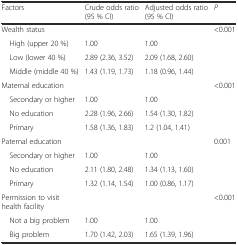
| Factors | Crude odds ratio (95 % CI) | Adjusted odds ratio (95 % CI) | P |
 | --- | --- | --- | --- |
 | Wealth status |  |  | <0.001 |
 | High (upper 20 %) | 1.00 | 1.00 |  |
 | Low (lower 40 %) | 2.89 (2.36, 3.52) | 2.09 (1.68, 2.60) |  |
 | Middle (middle 40 %) | 1.43 (1.19, 1.73) | 1.18 (0.96, 1.44) |  |
 | Maternal education |  |  | <0.001 |
 | Secondary or higher | 1.00 | 1.00 |  |
 | No education | 2.28 (1.96, 2.66) | 1.54 (1.30, 1.82) |  |
 | Primary | 1.58 (1.36, 1.83) | 1.2 (1.04, 1.41) |  |
 | Paternal education |  |  | 0.001 |
 | Secondary or higher | 1.00 | 1.00 |  |
 | No education | 2.11 (1.80, 2.48) | 1.34 (1.13, 1.60) |  |
 | Primary | 1.32 (1.14, 1.54) | 1.00 (0.86, 1.17) |  |
 | Permission to visit health facility |  |  | <0.001 |
 | Not a big problem | 1.00 | 1.00 |  |
 | Big problem | 1.70 (1.42, 2.03) | 1.65 (1.39, 1.96) |  |